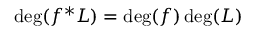
\deg ( f ^ { * } L ) = \deg ( f ) \deg ( L )